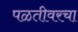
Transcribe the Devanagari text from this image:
पळतीवरचा